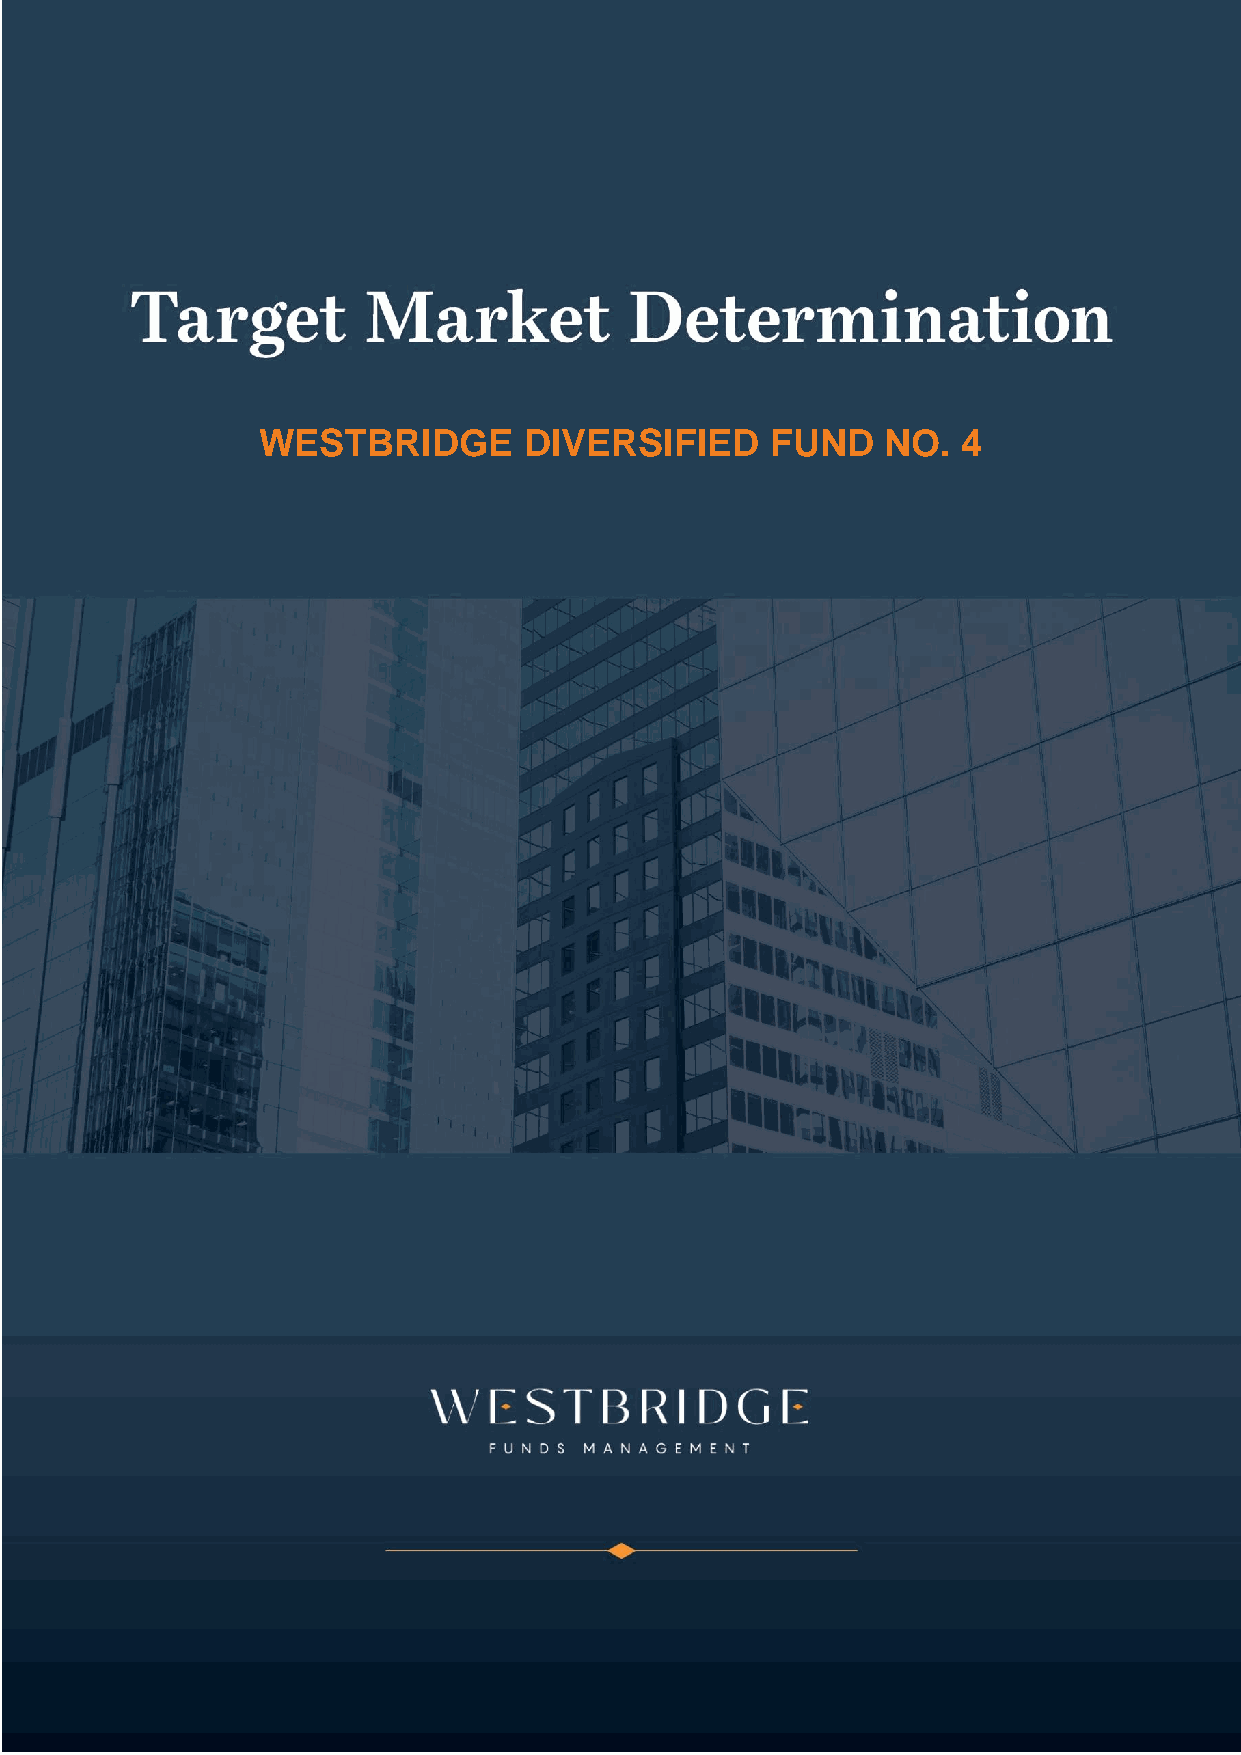
WESTBRIDGE        DIVERSIFIED     FUND    NO.  4